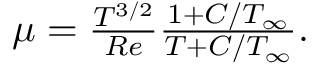
\begin{array} { r } { { { \mu } } = \frac { { T } ^ { 3 / 2 } } { R e } \frac { 1 + C / T _ { \infty } } { { T } + C / T _ { \infty } } . } \end{array}